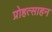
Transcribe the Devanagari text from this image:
प्रोहत्साहन